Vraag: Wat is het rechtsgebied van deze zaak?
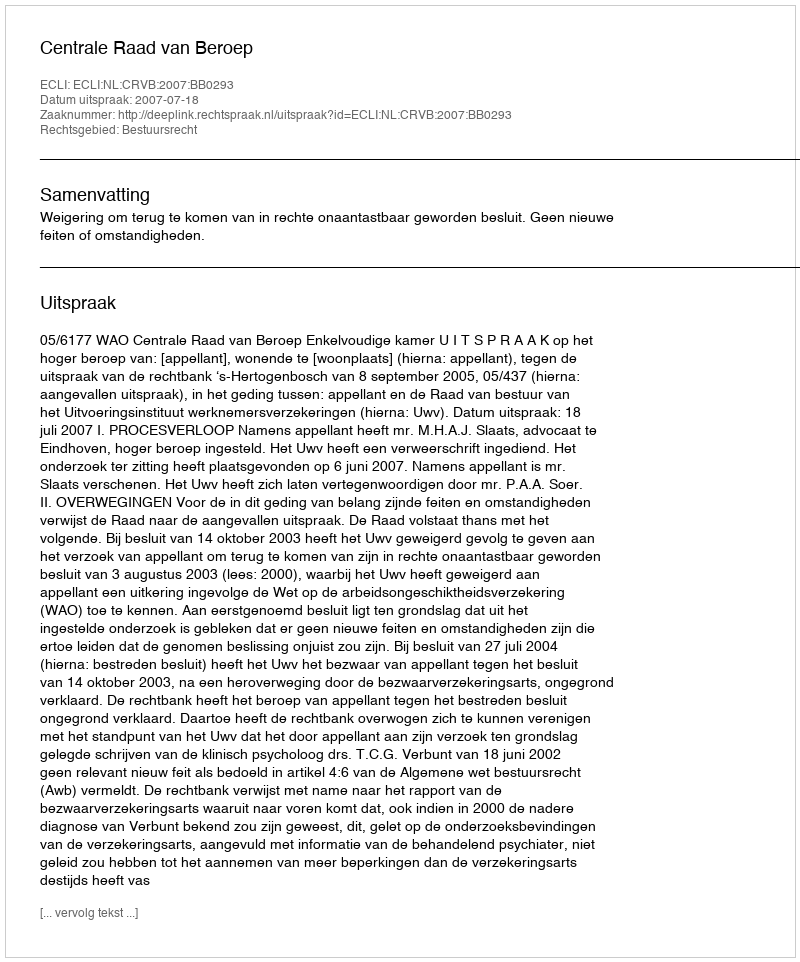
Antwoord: Bestuursrecht